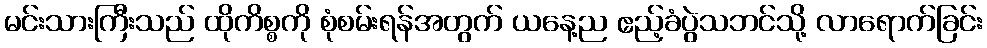
မင်းသားကြီးသည် ထိုကိစ္စကို စုံစမ်းရန်အတွက် ယနေ့ည ဧည့်ခံပွဲသဘင်သို့ လာရောက်ခြင်း